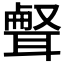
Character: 𦖥